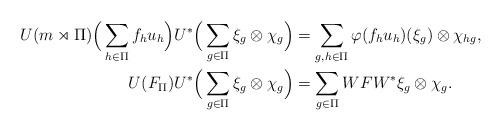
LaTeX: \begin{align*}U(m\rtimes \Pi )\Big( \sum_{h \in \Pi} f_hu_h \Big) U^* \Big( \sum_{g \in \Pi} \xi_g \otimes \chi_g \Big) &= \sum_{g,h \in \Pi} \varphi (f_hu_h)(\xi_g) \otimes \chi_{hg},\\U (F_\Pi) U^* \Big( \sum_{g \in \Pi} \xi_g \otimes \chi_g \Big) &=\sum_{g \in \Pi} WFW^*\xi_g \otimes \chi_g.\end{align*}